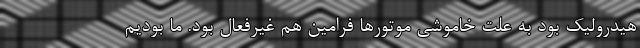
هیدرولیک بود به علت خاموشی موتورها فرامین هم غیرفعال بود. ما بودیم